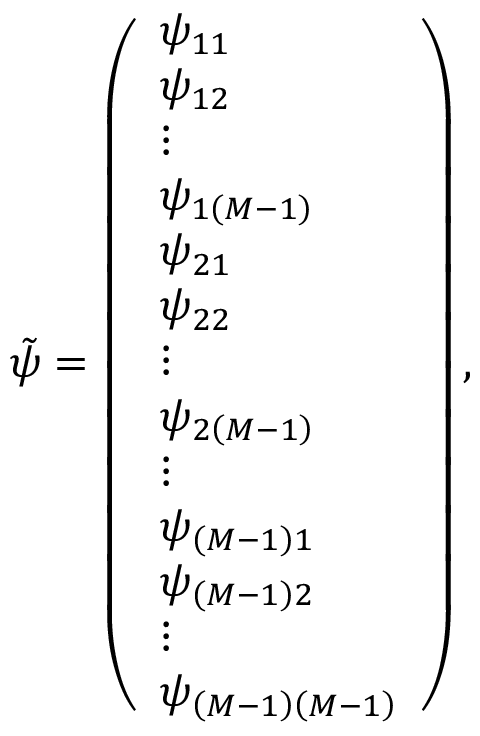
\tilde { \psi } = \left( \begin{array} { l } { \psi _ { 1 1 } } \\ { \psi _ { 1 2 } } \\ { \vdots } \\ { \psi _ { 1 \left( M - 1 \right) } } \\ { \psi _ { 2 1 } } \\ { \psi _ { 2 2 } } \\ { \vdots } \\ { \psi _ { 2 \left( M - 1 \right) } } \\ { \vdots } \\ { \psi _ { \left( M - 1 \right) 1 } } \\ { \psi _ { \left( M - 1 \right) 2 } } \\ { \vdots } \\ { \psi _ { \left( M - 1 \right) \left( M - 1 \right) } } \end{array} \right) ,